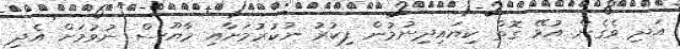
އަދި ވެގެން އުޅޭ ގޮތް ކިޔައިދިނުމުން ފިކުރު ނުކުރުމަށާއި މާޔޫސް ނުވުމަށް އެދި